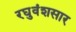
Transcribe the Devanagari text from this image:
रघुवंशसार